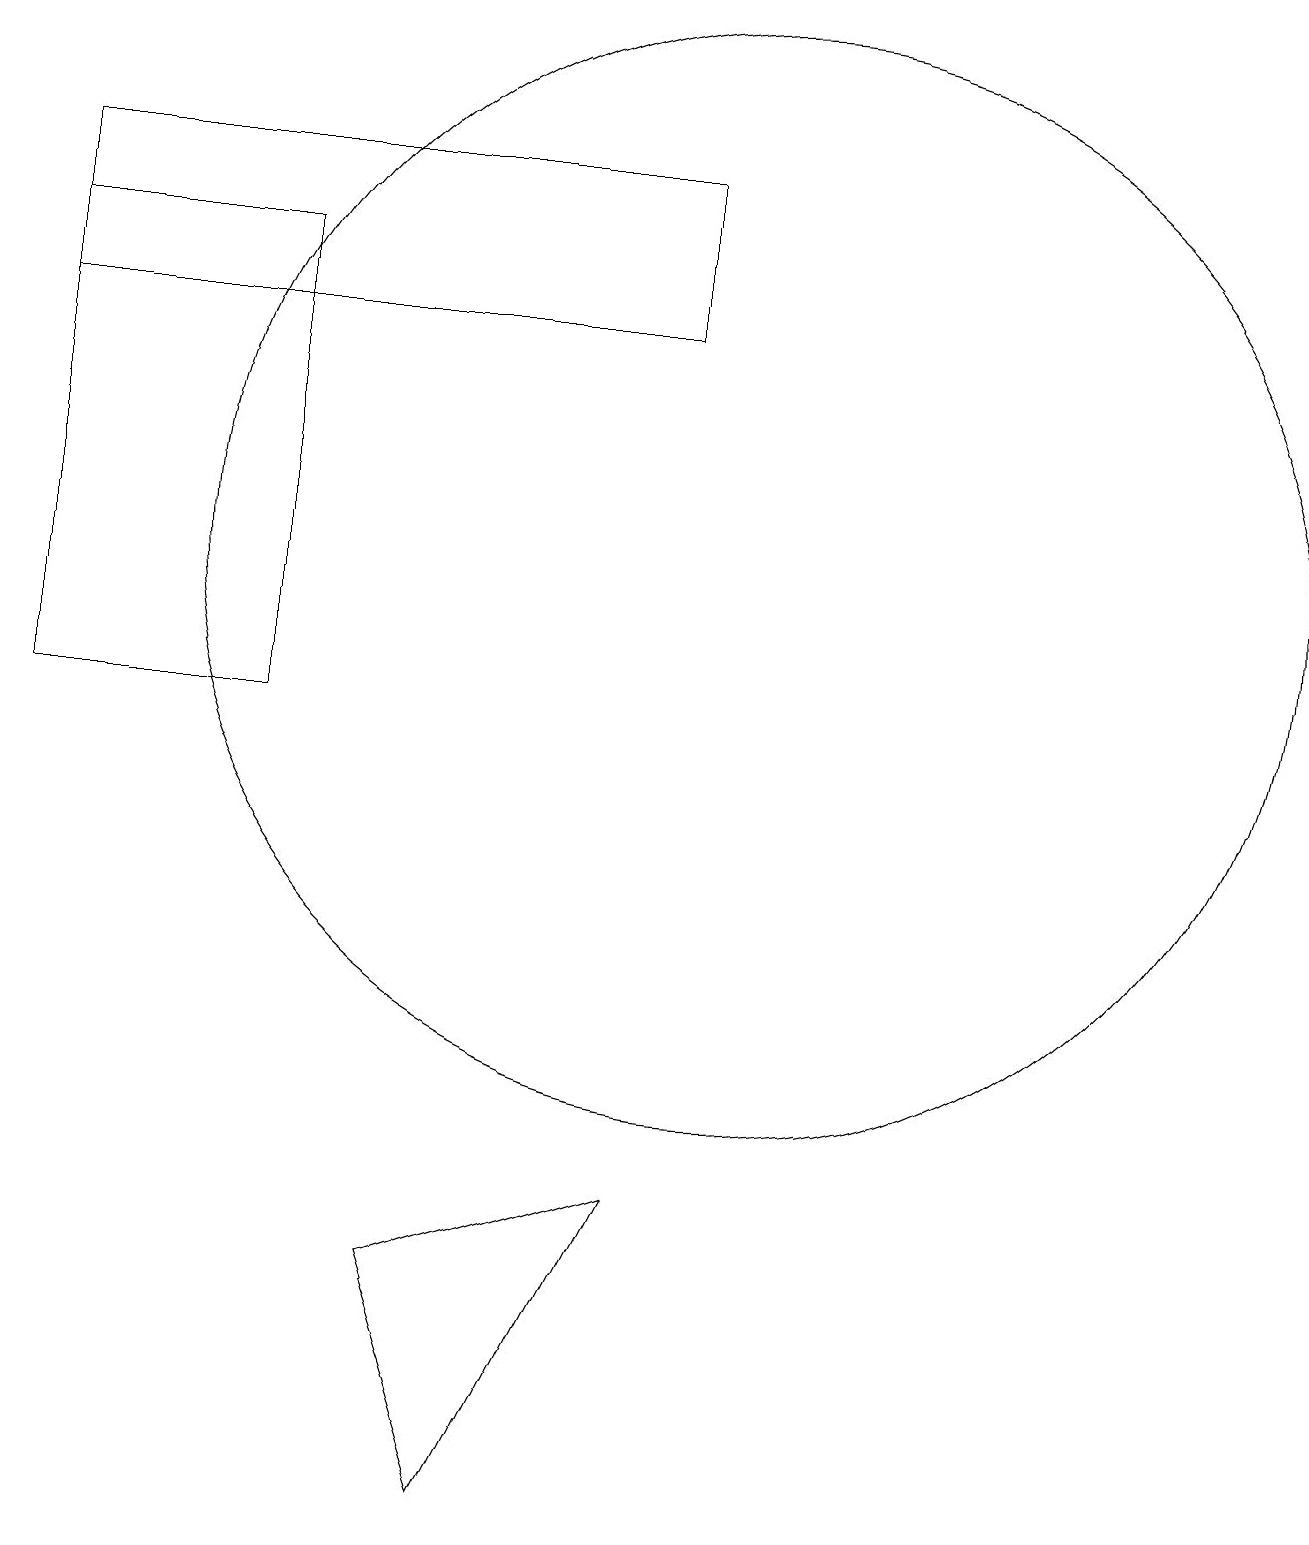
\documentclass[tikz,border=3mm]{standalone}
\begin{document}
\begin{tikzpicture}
\draw (10,12) circle (7);
\draw (1,15) rectangle (9,17);
\draw (9,4) -- (7,0) -- (6,3) -- cycle;
\draw (4,10) rectangle (1,16);
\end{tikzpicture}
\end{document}